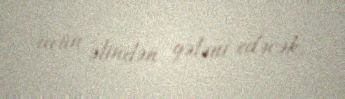
üçün əlindən gələni edəcək.